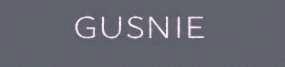
gusnie